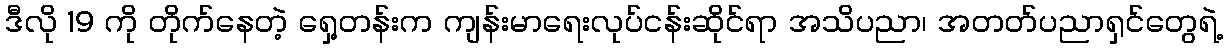
ဒီလို 19 ကို တိုက်နေတဲ့ ရှေ့တန်းက ကျန်းမာရေးလုပ်ငန်းဆိုင်ရာ အသိပညာ၊ အတတ်ပညာရှင်တွေရဲ့